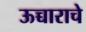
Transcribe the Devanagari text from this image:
ऊच्चाराचे